Riigikantselei, lk 61
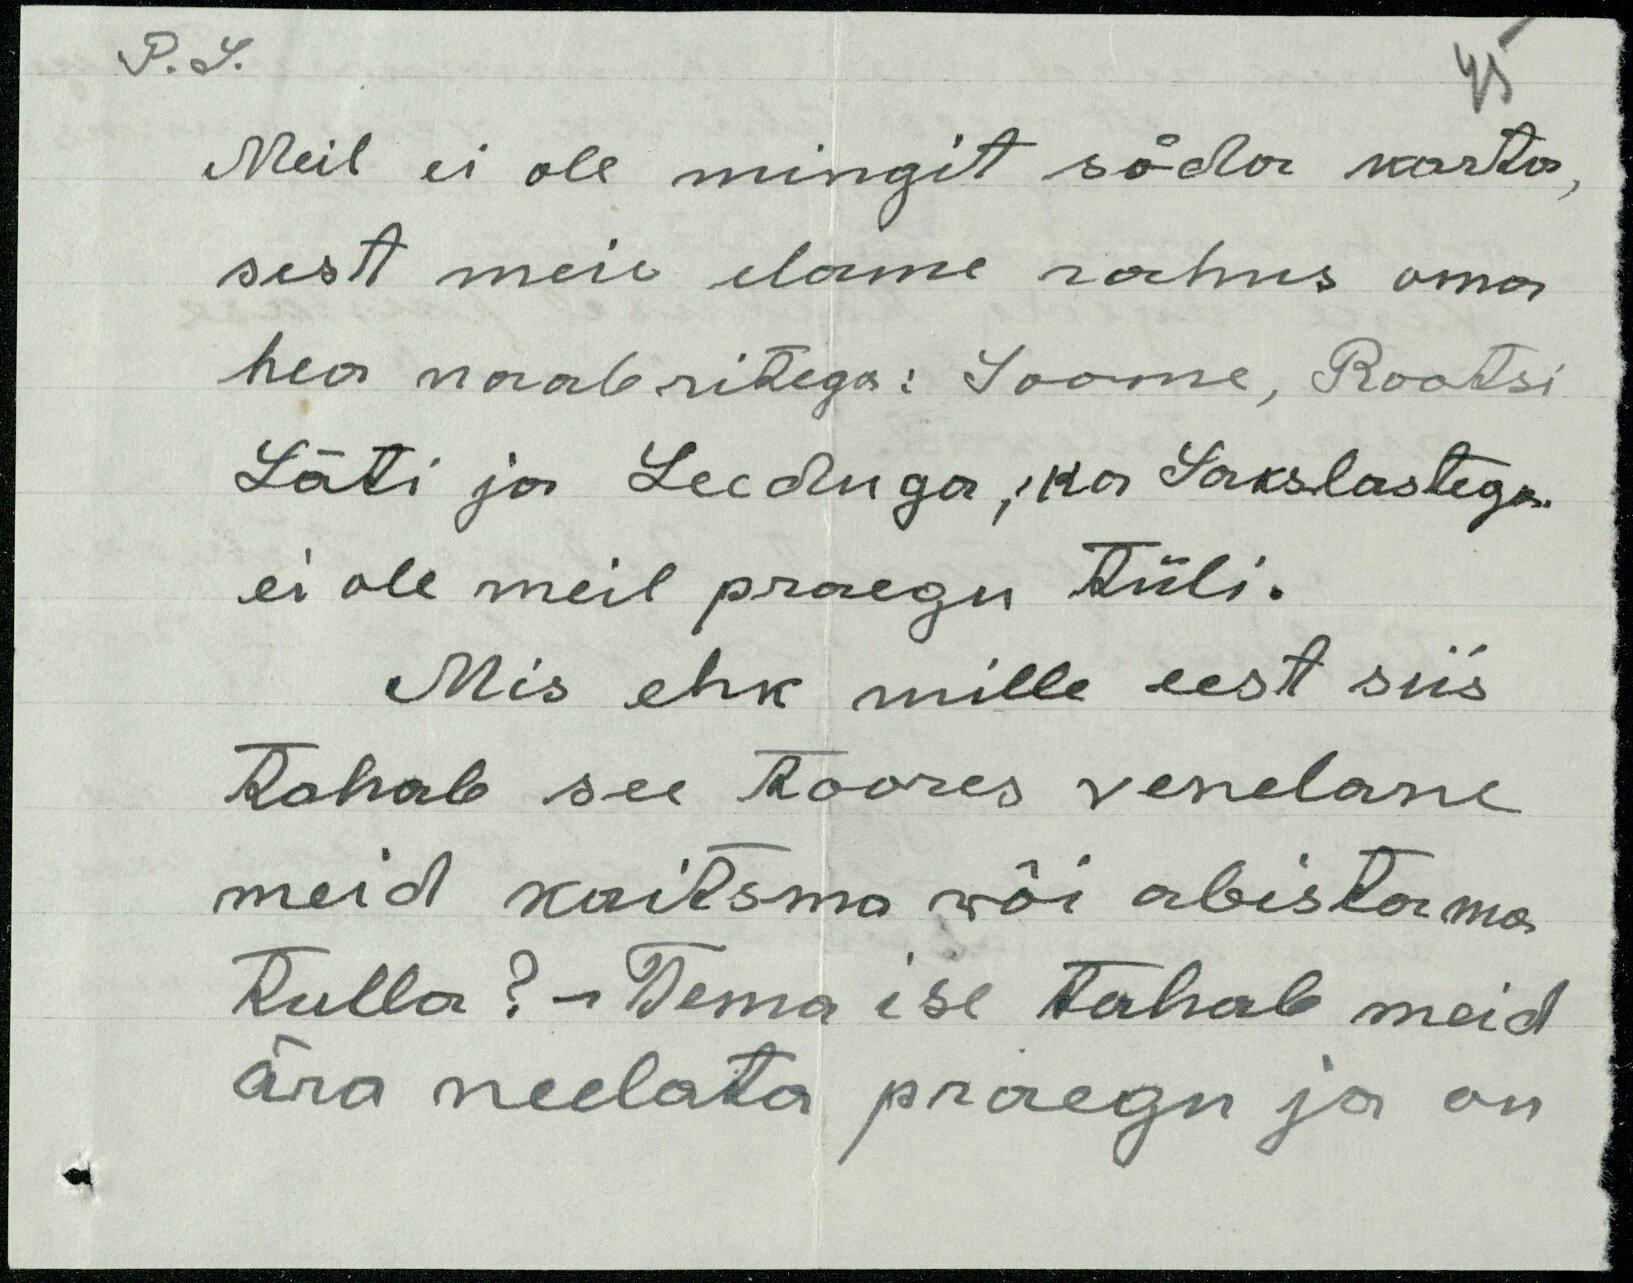
P.S.

Meil ei ole mingit sõda karta,
sest meie elame rahus oma
hea naabritega: Soome, Rootsi
Läti ja Leeduga, ka Sakslastega
ei ole meil praegu tüli.
Mis ehk mille eest siis
tahab see toores venelane
meid kaitsma wõi abistama
tulla? Tema ise tahab meid
ära neelata praegu ja on